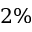
2 \%